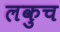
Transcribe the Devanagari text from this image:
लकुच